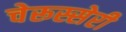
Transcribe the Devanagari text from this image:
चेरूस्सेरी